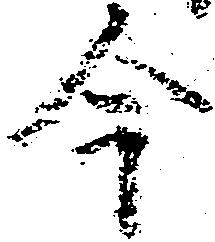
今